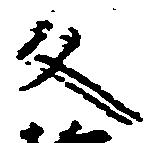
文